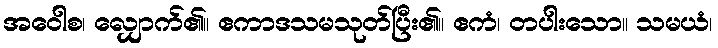
အဝေါစ၊ လျှောက်၏။ ဧကာဒသမသုတ်ပြီး၏။ ဧကံ၊ တပါးသော။ သမယံ၊